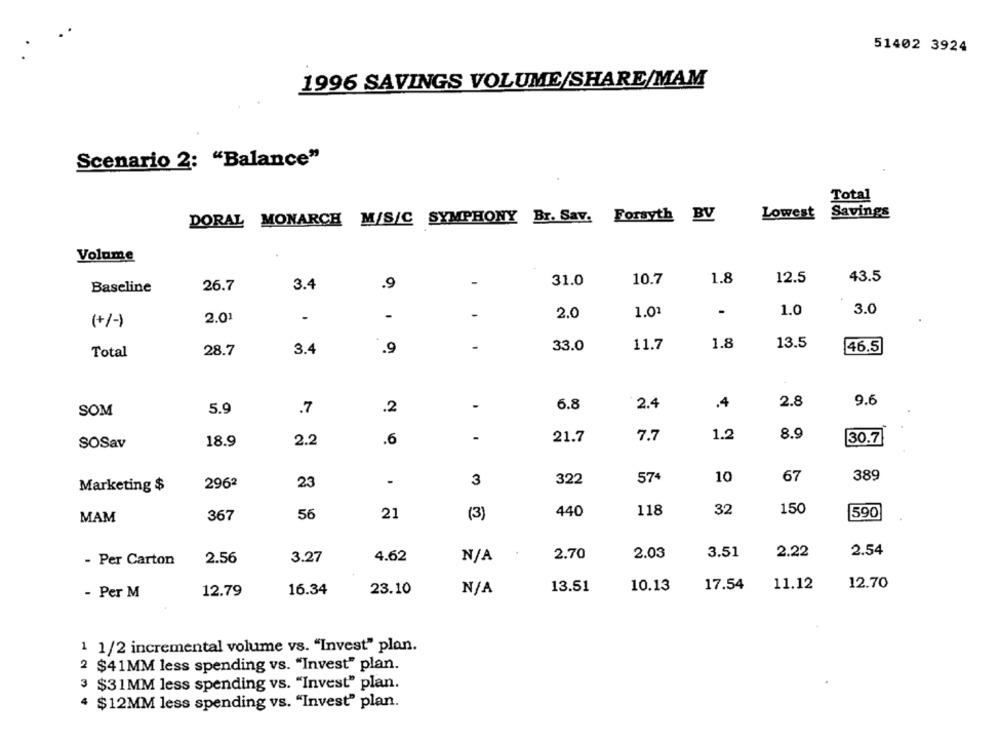
51402 3924
1996 SAVINGS VOLUME/SHARE/MAM
Scenario 2: "Balance"
Total
Lowest Savings
DORAL MONARCH M/S/C SYMPHONY Br. Sav. Forsyth BV
Volume
-
31.0
10.7
1.8
12.5
43.5
Baseline
26.7
3.4
.9
1.0
3.0
2.01
-
-
-
2.0
1.01
(+/-)
.9
33.0
11.7
1.8
13.5
46.5
Total
28.7
3.4
9.6
.7
.2
-
6.8
2.4
.4
2.8
SOM
5.9
7.7
1.2
8.9
SOSav
18.9
2.2
.6
21.7
30.7
3
322
574
10
67
389
Marketing $
2962
23
440
118
32
150
MAM
367
56
21
(3)
590
4.62
2.70
2.03
3.51
2.22
2.54
- Per Carton
2.56
3.27
17.54
11.12
12.70
- Per M
12.79
16.34
23.10
13.51
10.13
1 1/2 incremental volume vs. "Invest" plan.
2 $41MM less spending vs. "Invest" plan.
3 $31MM less spending vs. "Invest" plan.
4 $12MM less spending vs. "Invest" plan.